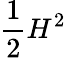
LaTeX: \frac{1}{2}H^{2}